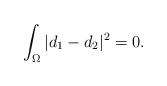
LaTeX: \begin{align*}\int_{\Omega}|d_1-d_2|^2=0.\end{align*}